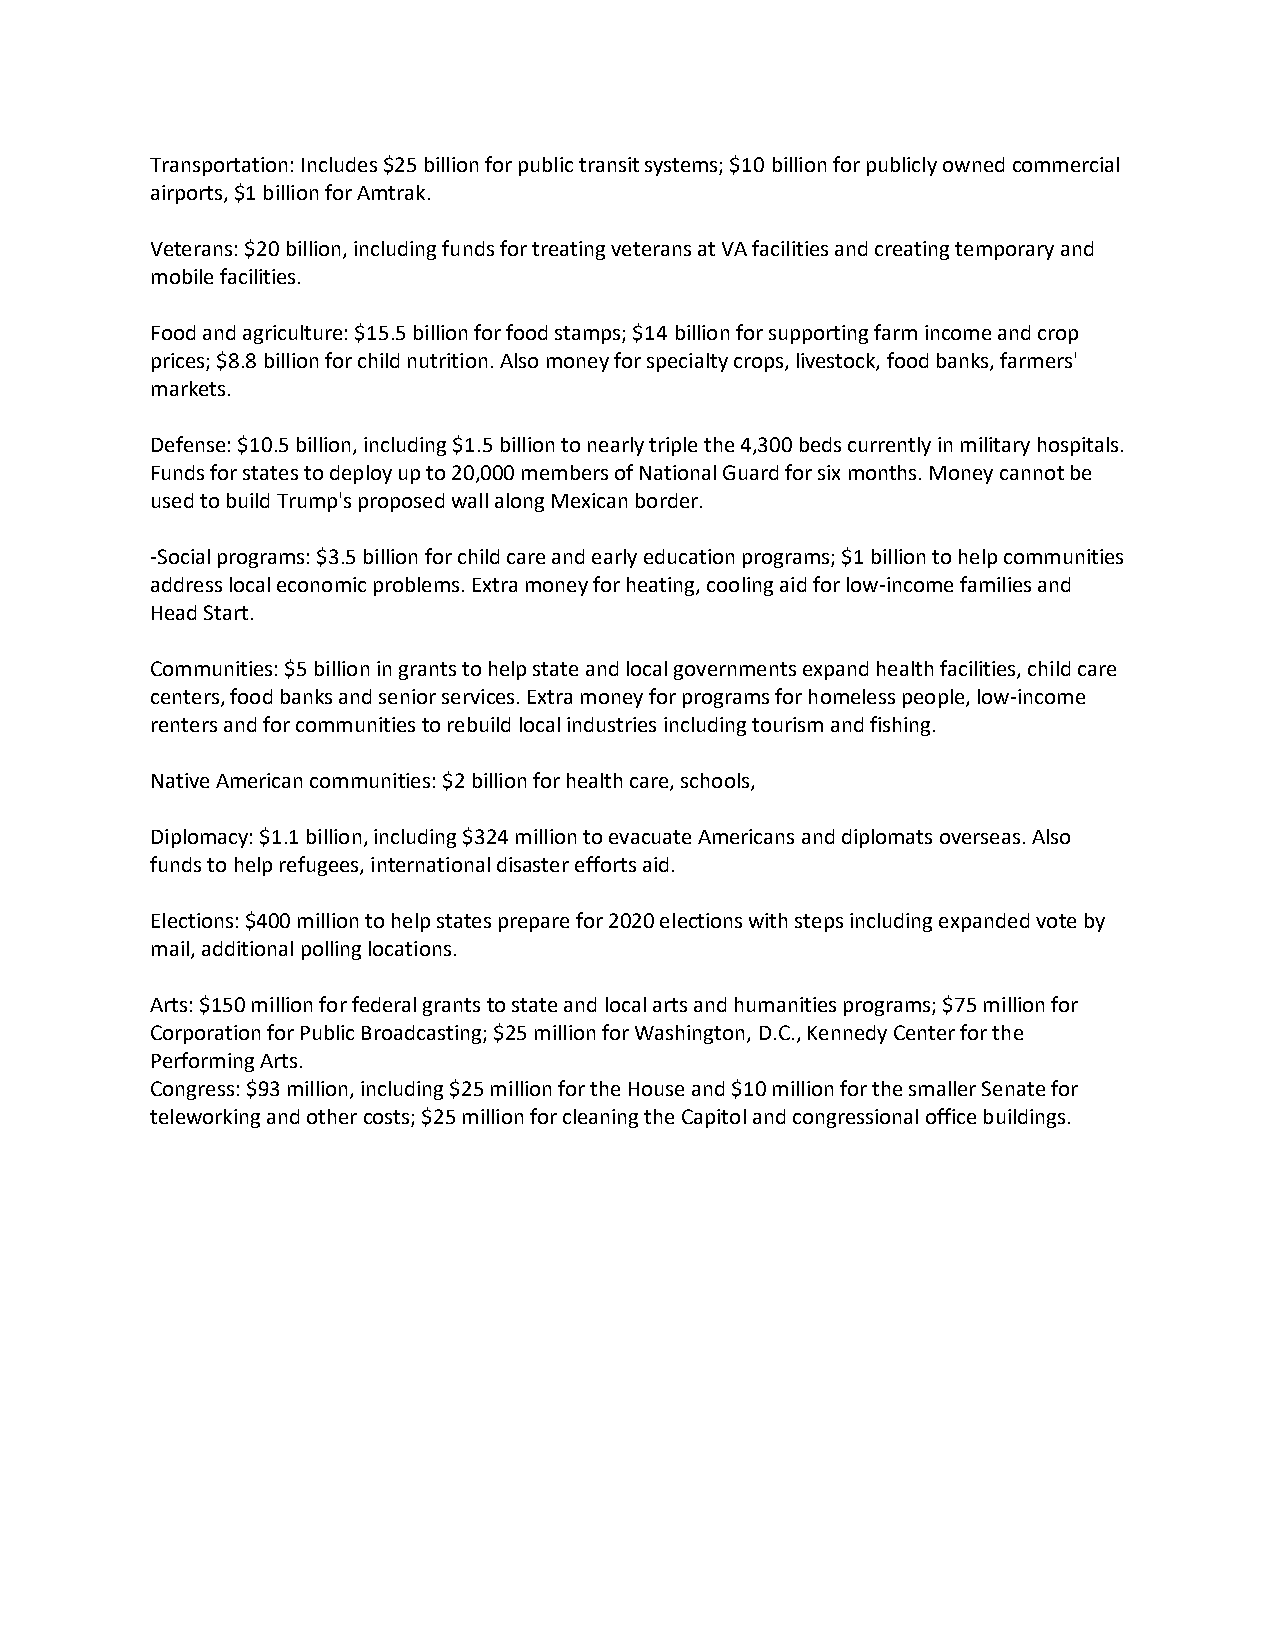
Transportation: Includes $25 billion for public transit systems; $10 billion for publicly owned commercial
 airports, $1 billion for Amtrak.
 Veterans: $20 billion, including funds for treating veterans at VA facilities and creating temporary and
 mobile facilities.
 Food and agriculture: $15.5 billion for food stamps; $14 billion for supporting farm income and crop
 prices; $8.8 billion for child nutrition. Also money for specialty crops, livestock, food banks, farmers'
 markets.
 Defense: $10.5 billion, including $1.5 billion to nearly triple the 4,300 beds currently in military hospitals.
 Funds for states to deploy up to 20,000 members of National Guard for six months. Money cannot be
 used to build Trump's proposed wall along Mexican border.
 -Social programs: $3.5 billion for child care and early education programs; $1 billion to help communities
 address local economic problems. Extra money for heating, cooling aid for low-income families and
 Head Start.
 Communities: $5 billion in grants to help state and local governments expand health facilities, child care
 centers, food banks and senior services. Extra money for programs for homeless people, low-income
 renters and for communities to rebuild local industries including tourism and fishing.
 Native American communities: $2 billion for health care, schools,
 Diplomacy: $1.1 billion, including $324 million to evacuate Americans and diplomats overseas. Also
 funds to help refugees, international disaster efforts aid.
 Elections: $400 million to help states prepare for 2020 elections with steps including expanded vote by
 mail, additional polling locations.
 Arts: $150 million for federal grants to state and local arts and humanities programs; $75 million for
 Corporation for Public Broadcasting; $25 million for Washington, D.C., Kennedy Center for the
 Performing Arts.
 Congress: $93 million, including $25 million for the House and $10 million for the smaller Senate for
 teleworking and other costs; $25 million for cleaning the Capitol and congressional office buildings.